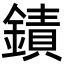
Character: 䥊